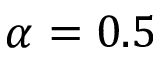
\alpha = 0 . 5